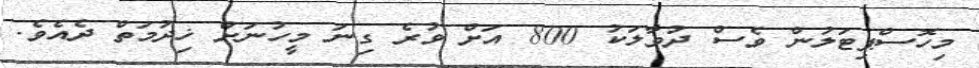
މިހޮސްޕިޓަލުން ވެސް ދުވާލަކު 800 އަށް ވުރެ ގިނަ މީހުނަށް ޚިދުމަތް ދެއެވެ.